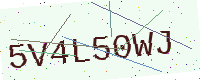
Text: 5V4L50WJ